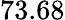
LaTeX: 73.68